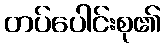
တပ်ပေါင်းစု၏